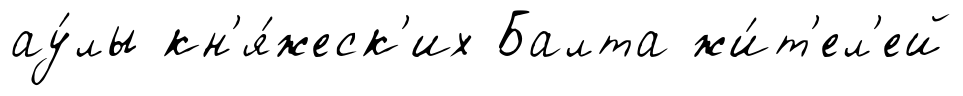
ау́лы кн'я́жеск'их Балта жи́т'ел'ей